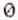
0